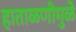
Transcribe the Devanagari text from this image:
हाताळणीमुळे